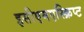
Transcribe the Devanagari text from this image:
इसीएमएस्क्रिप्ट